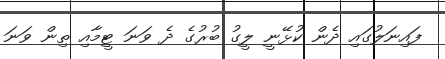
ފައިނަލުގައި ދެން ކުޅޭނީ ލީގު ބުރުގެ ދެ ވަނަ ޓީމާއި ތިން ވަނަ